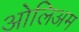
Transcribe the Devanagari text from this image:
ओलिअम